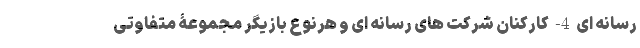
رسانه ای 4- کارکنان شرکت های رسانه ای و هرنوع بازیگر مجموعۀ متفاوتی